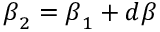
{ \boldsymbol { \beta } } _ { 2 } = { \boldsymbol { \beta } } _ { 1 } + d { \boldsymbol { \beta } }